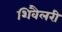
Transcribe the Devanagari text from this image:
शिवैलरी